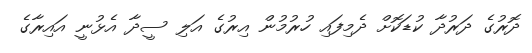
ދޮރުގެ ދަރުދާ ކުޑަކޮށް ދެމިފައި ހުރުމުން އިރުގެ އަލި ސީދާ އެޅުނީ އައިރާގެ